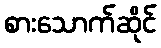
စားသောက်ဆိုင်